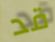
قد